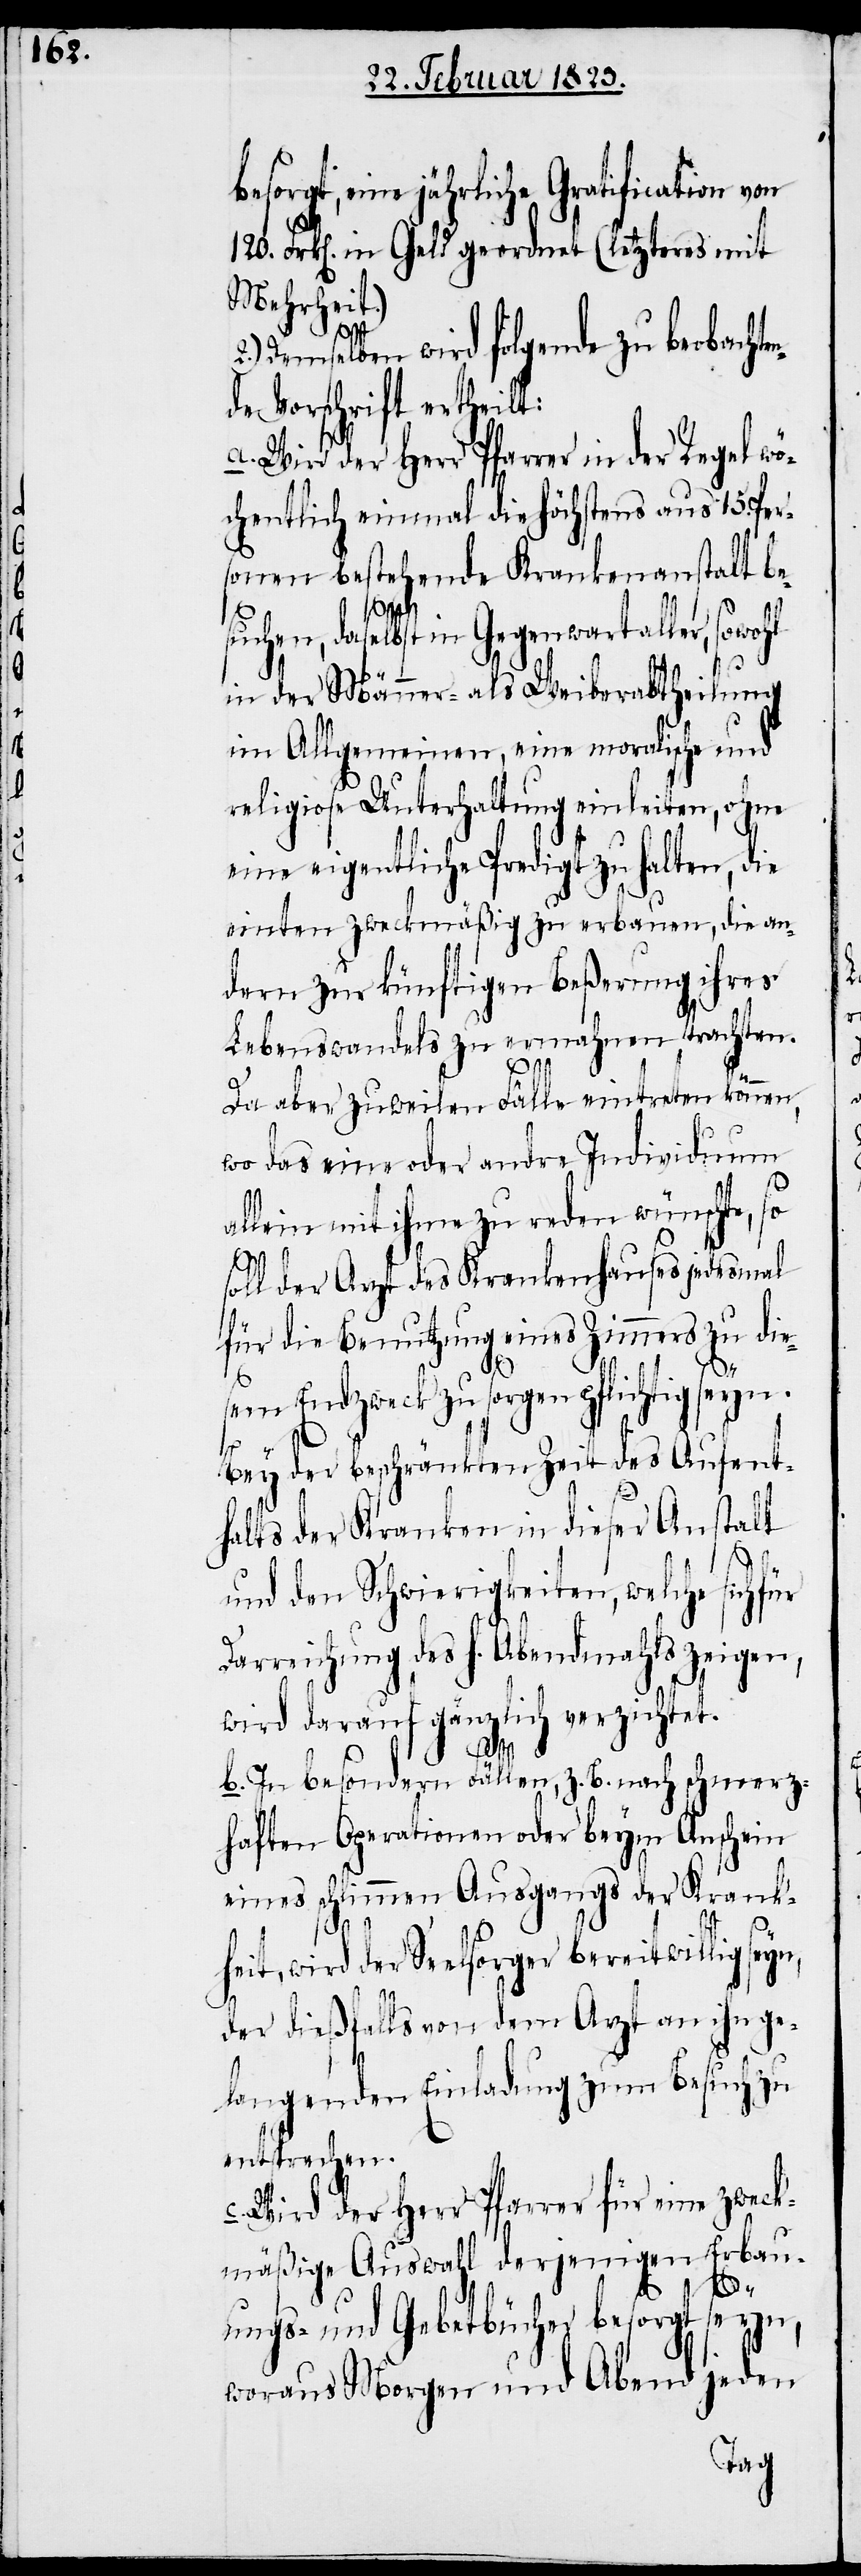
esorgt, eine jährliche Gratification von
120. Frk[en]. in Geld geordnet (letzteres mit
Mehrheit.)
2.)
Demselben wird folgende zu beobachte¬
de Vorschrift ertheilt:
a. Wird der Herr Pfarrer in der Regel wö¬
chentlich einmal die höchstens aus 15. Per¬
sonen bestehende Krankenanstalt be¬
heit,
suchen, daselbst in Gegenwart aller, sowohl
in der Männer- als Weiberabtheilung
im Allgemeinen, eine moralische und
religiose Unterhaltung einleiten, ohne
eine eigentliche Predigt zu halten, die
einten zweckmäßig zu erbauen, die an¬
dern zur künftigen Beßerung ihres
Lebenswandels zu ermahnen trachten.
Da aber zuweilen Fälle eintreten können,
wo das eine oder andre Individuum
allein mit ihme zu reden wünschte, so
n¬
soll der Arzt des Krankenhauses jedesmal
für die Benutzung eines Zimmers zu die¬
sem Endzweck zu sorgen pflichtig seyn.
Bey der beschränkten Zeit des Aufent¬
halts der Kranken in dieser Anstalt
und den Schwierigkeiten, welche sich für
Darreichung des h. Abendmahls zeigen,
wird darauf gänzlich verzichtet.
b. In besondern Fällen, z. B. nach schmerz¬
haften Operationen oder beym Anschein
eines schlimmen Ausgangs der Krank¬
wird der Seelsorger bereitwillig
der dießfalls von dem Arzt an ihn ge¬
langenden Einladung zum Besuch zu
entsprechen.
Wird der Herr Pfarrer für eine zweck¬
mäßige Auswahl derjenigen Erbau¬
b¬
ungs- und Gebetbücher besorgt seyn,
woraus Morgen und Abend jeden